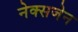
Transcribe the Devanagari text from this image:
नेक्सजेन